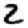
Digit: 2